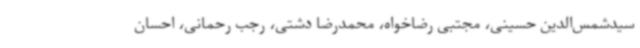
سیدشمس‌الدین حسینی، مجتبی رضاخواه، محمدرضا دشتی، رجب رحمانی، احسان